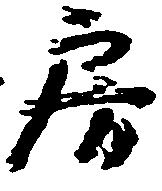
房